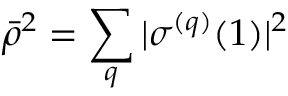
{ \bar { \rho } } ^ { 2 } = \sum _ { q } | \sigma ^ { ( q ) } ( 1 ) | ^ { 2 }